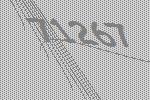
71267